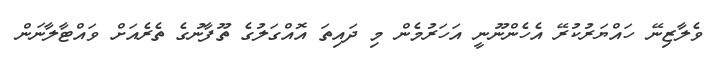
ވެލާޒިނޭ ހައްޔަރުކުރޭ އެހެންނޫނީ އަހަރުމެން މި ދައިތަ އޮއްގަލުގެ ތޫފާނުގެ ތެރެއަށް ވައްޓާލާނަން